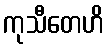
ကုသီတေဟိ